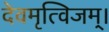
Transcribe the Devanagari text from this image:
देवमृत्विजम्‌।